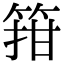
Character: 箝